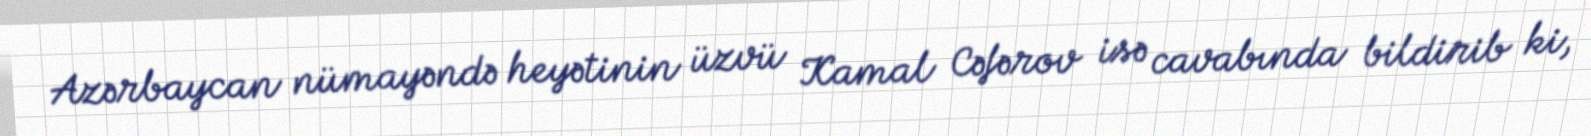
Azərbaycan nümayəndə heyətinin üzvü Kamal Cəfərov isə cavabında bildirib ki,